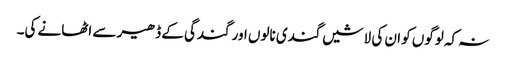
نہ کہ لوگوں کو ان کی لاشیں گندی نالوں اور گندگی کے ڈھیر سے اٹھانے کی۔